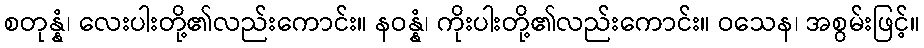
စတုန္နံ၊ လေးပါးတို့၏လည်းကောင်း။ နဝန္နံ၊ ကိုးပါးတို့၏လည်းကောင်း။ ဝသေန၊ အစွမ်းဖြင့်။